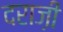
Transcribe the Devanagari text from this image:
दराज़ी